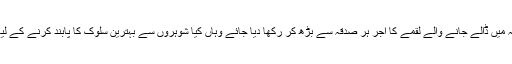
جس دین میں بیوی کے منہ میں ڈالے جانے والے لقمے کا اجر ہر صدقہ سے بڑھ کر رکھا دیا جائے وہاں کیا شوہروں سے بہترین سلوک کا پابند کرنے کے لیے کسی بل کا محتاج ہے ؟